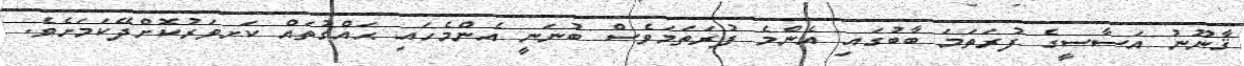
ޤާނޫނު އަސާސީގެ ފުރަތަމަ ބާބުގައި އެންމެ ފުރަތަމަވެސް ބުނަނީ އެންމެހައި ޙައްގުތައް ކަށވަރުކޮށްދޭކަމަށެވެ.